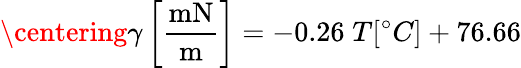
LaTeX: \centering\gamma\left[\mathrm{\frac{mN}{m}}\right]=-0.26\; T[^{\circ}C]+76.66